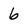
Character: 6